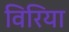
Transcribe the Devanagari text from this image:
विरिया